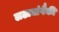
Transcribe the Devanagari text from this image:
लढायांपैकी